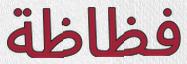
فظاظة